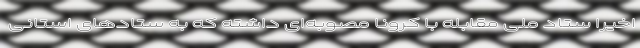
اخیرا ستاد ملی مقابله با کرونا مصوبه‌ای داشته که به ستادهای استانی